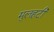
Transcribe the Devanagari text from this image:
मुलहटी